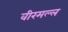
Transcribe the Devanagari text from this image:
वीरमल्ल